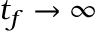
t _ { f } \rightarrow \infty